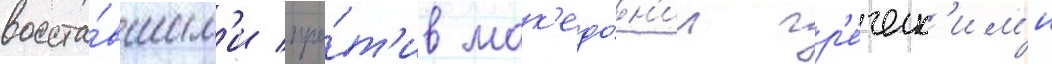
восста́вшим'и про́т'ив мак'едо́н'ии гр'е́ческ'им'и